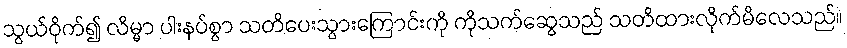
သွယ်ဝိုက်၍ လိမ္မာ ပါးနပ်စွာ သတိပေးသွားကြောင်းကို ကိုသက်ဆွေသည် သတိထားလိုက်မိလေသည်။